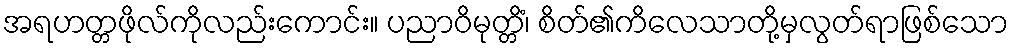
အရဟတ္တဖိုလ်ကိုလည်းကောင်း။ ပညာဝိမုတ္တိံ၊ စိတ်၏ကိလေသာတို့မှလွတ်ရာဖြစ်သော